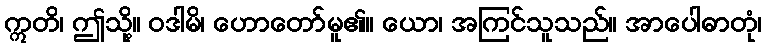
ဣတိ၊ ဤသို့။ ဝဒါမိ၊ ဟောတော်မူ၏။ ယော၊ အကြင်သူသည်။ အာပေါဓာတုံ၊